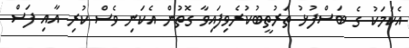
އެކަމަކު ގެ ބަސްފުޅު ތަރުތީބުކުރެވިފައިވާ ގޮތުން އެކަނި ވެސް ކުރި އާއި ފަސް